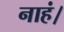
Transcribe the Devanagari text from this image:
नाहं।